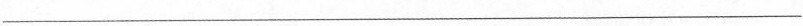
___